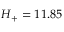
H _ { + } = 1 1 . 8 5